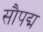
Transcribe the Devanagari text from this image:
सौपद्म